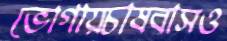
ভোগায়চাষবাসও